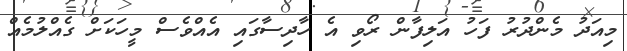
މިއަދު މެންދުރު ފަހު އަލިފާން ރޯވި އެ ހާދިސާގައި އެއްވެސް މީހަކަށް ގެއްލުމެއް